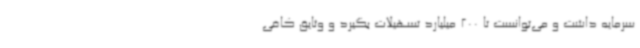
سرمایه داشت و می‌توانست تا 200 میلیارد تسهیلات بگیرد و وثایق کافی